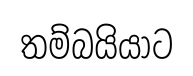
තම්බයියාට